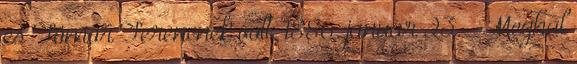
és Tömör Ferencnek volt. 1886. január 23. – Meghal